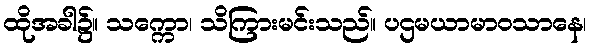
ထိုအခါ၌။ သက္ကော၊ သိကြားမင်းသည်။ ပဌမယာမာဝသာနေ၊